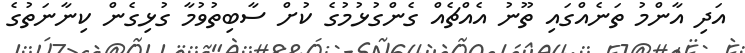
އަދި އާންމު ތަނެއްގައި ތޫނު އެއްޗެއް ގެންގުޅުމުގެ ކުށް ސާބިތުވުމާ ގުޅިގެން ކިނާނަތުގެ